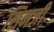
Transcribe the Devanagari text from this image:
सिनजी